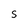
Character: S